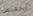
تخفيض